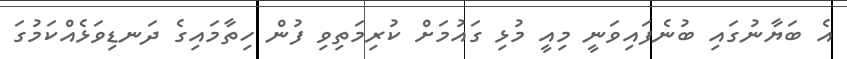
އެ ބަޔާނުގައި ބުނެފައިވަނީ މިއީ މުޅި ގައުމަށް ކުރިމަތިވި ފުން ހިތާމައިގެ ދަނޑިވަޅެއްކަމުގަ